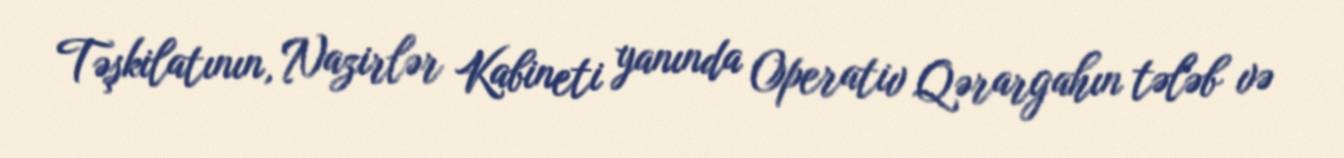
Təşkilatının, Nazirlər Kabineti yanında Operativ Qərargahın tələb və